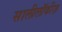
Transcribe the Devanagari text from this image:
सालीलॉकीज़